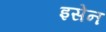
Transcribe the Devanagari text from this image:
इसेन